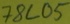
Text: 78L05